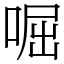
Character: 啒